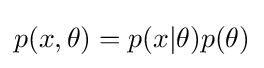
p(x,\theta )=p(x|\theta )p(\theta )